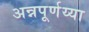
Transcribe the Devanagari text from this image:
अन्नपूर्णय्या